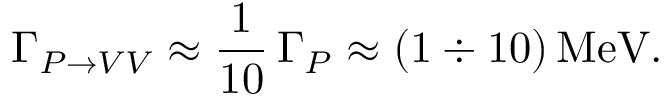
\Gamma _ { P \rightarrow V V } \approx { \frac { 1 } { 1 0 } } \, \Gamma _ { P } \approx ( 1 \div 1 0 ) \, \mathrm { M e V } .